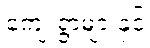
ကျေးရွာများနှင့်